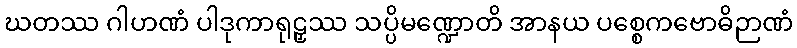
ဃတဿ ဂါဟဏံ ပါဒုကာရုဠှဿ သပ္ပိမဏ္ဍောတိ အာနယ ပစ္စေကဗောဓိဉာဏံ